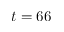
t = 6 6